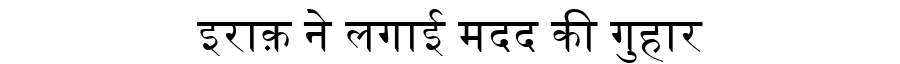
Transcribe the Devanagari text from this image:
इराक़ ने लगाई मदद की गुहार